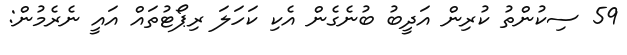
59 ސިކުންތު ކުރިން އަދީބު ބުނެގެން އެކި ކަހަލަ ރިޕޯޓުތައް އައީ ނެރެމުން: